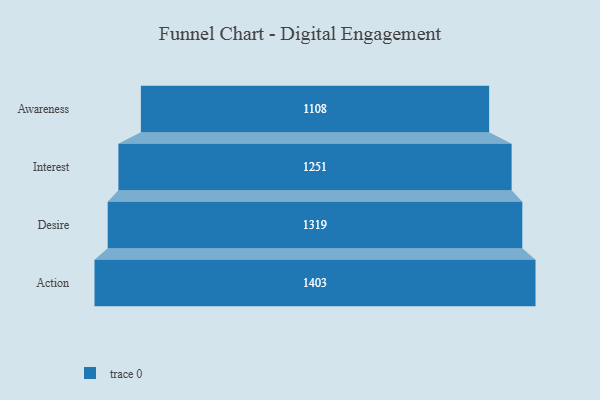
{"axis": {"x": "Stage", "y": "Value"}, "legend": [""], "data": [{"x": "Awareness", "y": 1108.0, "type": ""}, {"x": "Interest", "y": 1251.0, "type": ""}, {"x": "Desire", "y": 1319.0, "type": ""}, {"x": "Action", "y": 1403.0, "type": ""}]}